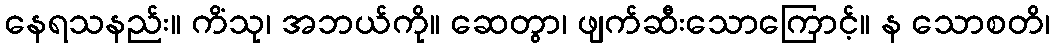
နေရသနည်း။ ကိံသု၊ အဘယ်ကို။ ဆေတွာ၊ ဖျက်ဆီးသောကြောင့်။ န သောစတိ၊